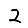
Digit: 2